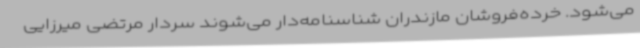
می‌شود. خرده‌فروشان مازندران شناسنامه‌دار می‌شوند سردار مرتضی میرزایی